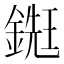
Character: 𨪹